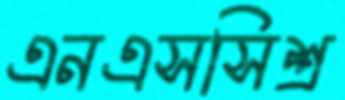
এনএসসিশ্র